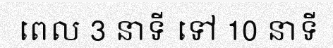
ពេល 3 នាទី ទៅ 10 នាទី